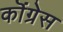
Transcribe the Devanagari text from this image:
कॊंग्रेस